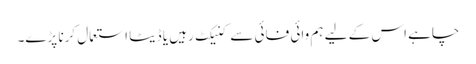
چاہے اس کے لیے ہم وائی فائی سے کنیکٹ رہیں یا ڈیٹا استعمال کرنا پڑے۔